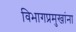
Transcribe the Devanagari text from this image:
विभागप्रमुखांना